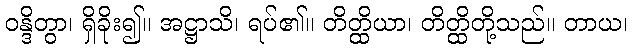
ဝန္ဒိတွာ၊ ရှိခိုး၍။ အဋ္ဌာသိ၊ ရပ်၏။ တိတ္ထိယာ၊ တိတ္ထိတို့သည်။ တာယ၊